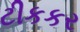
ટીકકર